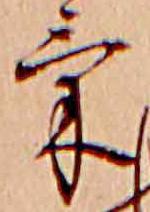
け